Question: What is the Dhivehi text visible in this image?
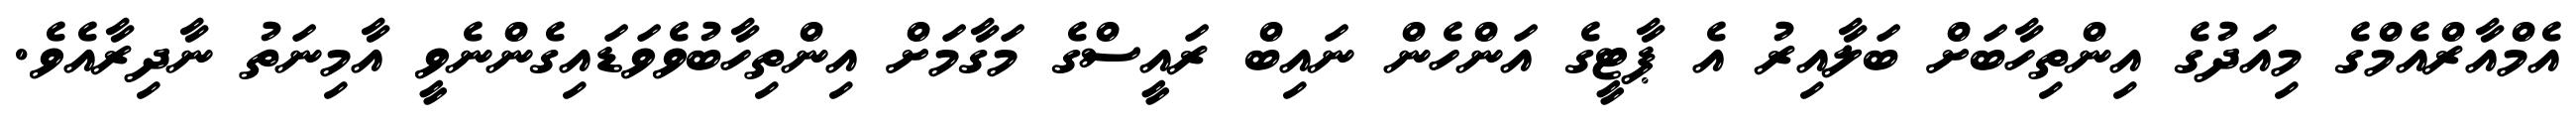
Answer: އެމްއާރްއެމްގެ މިއަދުގެ އިންތިހާބަށް ބަލާއިރު އެ ޕާޓީގެ އަންހެން ނައިބް ރައީސްގެ މަގާމަށް އިންތިހާބުވެވަޑައިގެންނެވީ އާމިނަތު ނާދިރާއެވެ.